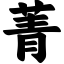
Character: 菁